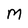
Character: M